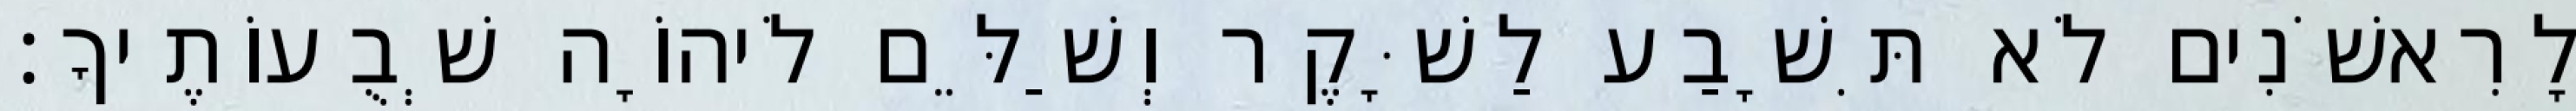
לָרִאשֹׁנִים לֹא תִּשָׁבַע לַשָּׁקֶר וְשַׁלֵּם לֹיהוָֹה שְׁבֻעוֹתֶיךָ׃